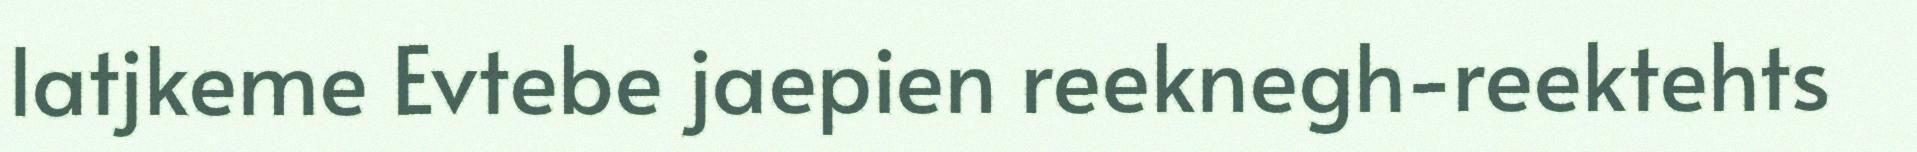
latjkeme Evtebe jaepien reeknegh-reektehts